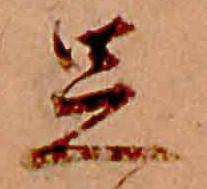
足